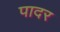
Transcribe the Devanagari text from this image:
पादर